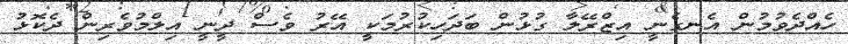
ހެއްދެވުމުން އެނގެނީ އިޒްރޭލާ ގުޅުން ބަދަހިކުރުމަކީ އޭރު ވެސް ދީނީ އިލްމުވެރިން ދެކޮޅު